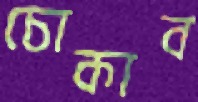
চোকাব